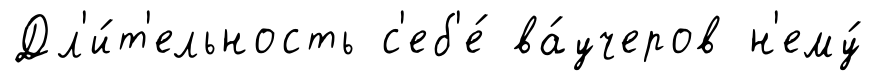
Дл'и́т'ельность с'еб'е́ ва́учеров н'ему́